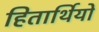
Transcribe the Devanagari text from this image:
हितार्थियों